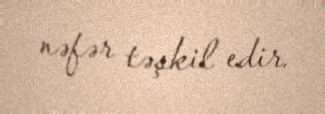
nəfər təşkil edir.